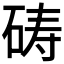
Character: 𪿞